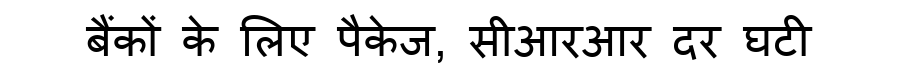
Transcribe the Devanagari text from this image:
बैंकों के लिए पैकेज, सीआरआर दर घटी